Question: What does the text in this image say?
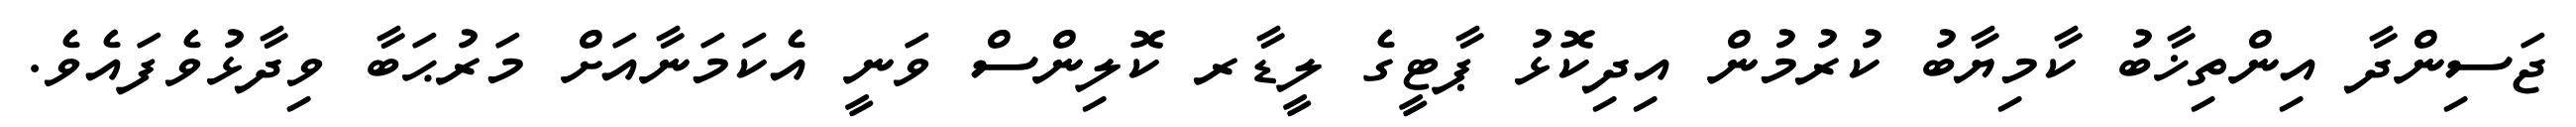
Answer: ޖަސިންދާ އިންތިޚާބު ކާމިޔާބު ކުރުމުން އިދިކޮޅު ޕާޓީގެ ލީޑާރ ކޮލިންސް ވަނީ އެކަމަނާއަށް މަރުޙަބާ ވިދާޅުވެފައެވެ.